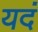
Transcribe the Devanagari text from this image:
यदं